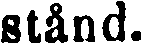
stånd.